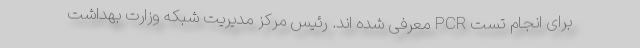
برای انجام تست PCR معرفی شده اند. رئیس مرکز مدیریت شبکه وزارت بهداشت